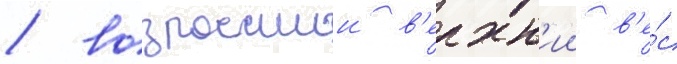
/ возросшии в'ерхн'ии в'е́с